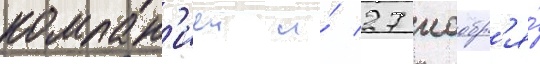
компан'иеи и́ 27 ноабр'я́